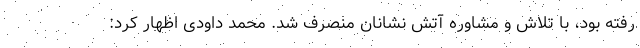
رفته بود، با تلاش و مشاوره آتش نشانان منصرف شد. محمد داودی اظهار کرد: